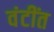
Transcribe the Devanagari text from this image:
वंटींत